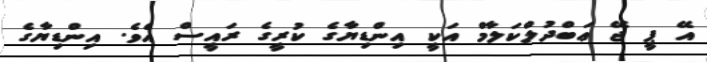
އޭ ޕީ ޖޭ ޢަބްދުލްކަލާމް އަކީ އިންޑިޔާގެ ކުރީގެ ރައީސް އެވެ. އިންޑިޔާގެ